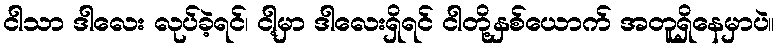
ငါသာ ဒါလေး လုပ်ခဲ့ရင်၊ ငါ့မှာ ဒါလေးရှိရင် ငါတို့နှစ်ယောက် အတူရှိနေမှာပဲ။